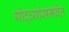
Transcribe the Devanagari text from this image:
योद्ध्यांसमवेत